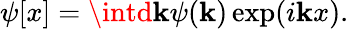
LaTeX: \psi[x]=\intd\mathbf{k}\psi(\mathbf{k})\exp(i\mathbf{k}x).